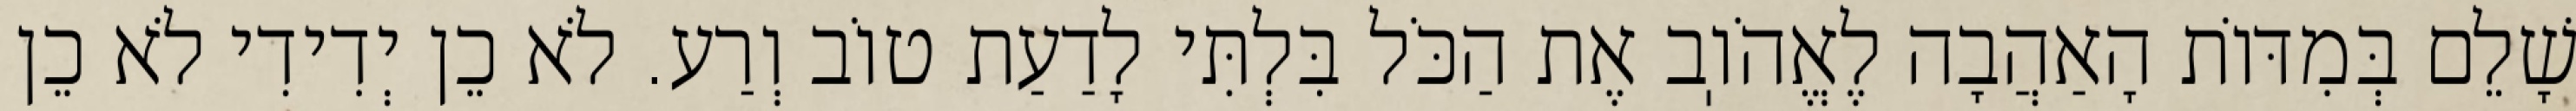
שָׁלֵם בְּמִדּוֹת הָאַהֲבָה לֶאֱהֹוֽב אֶת הַכֹּל בִּלְתִּי לָדַעַת טוֹב וְרַע. לֹא כֵן יְדִידִי לֹא כֵן